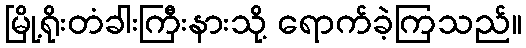
မြို့ရိုးတံခါးကြီးနားသို့ ရောက်ခဲ့ကြသည်။